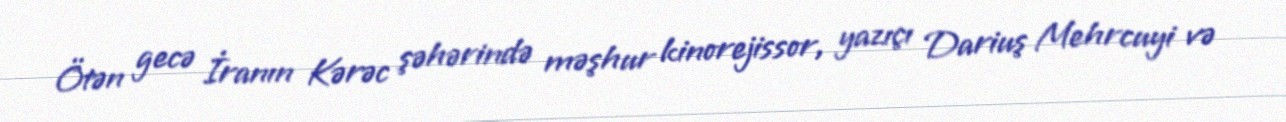
Ötən gecə İranın Kərəc şəhərində məşhur kinorejissor, yazıçı Dariuş Mehrcuyi və